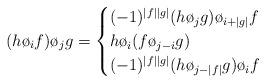
LaTeX: \begin{align*}(h\o_i f)\o_j g=\begin{cases} (-1)^{|f||g|} (h\o_j g)\o_{i+|g|}f &\\ h\o_i(f\o_{j-i}g) &\\ (-1)^{|f||g|}(h\o_{j-|f|}g)\o_i f & \end{cases}\end{align*}